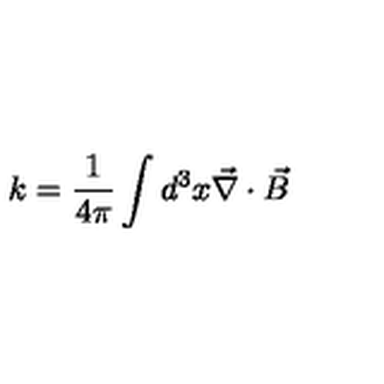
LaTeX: k = \frac { 1 } { 4 \pi } \int d ^ { 3 } x \vec { \nabla } \cdot \vec { B }